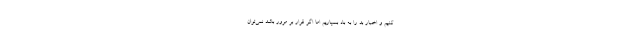
کنیم و اخبار بد را به باد بسپاریم اما اگر قرار بر مرور باشد نمی‌توان